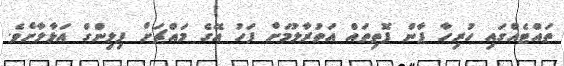
ތައްޓެއްގައި ހުރިހާ ޕާން ފޮތިތައް އަތުރާލުމަށް ފަހު އޭގެ މައްޗަށް ފިލިންގް އަޅާލާށެވެ.